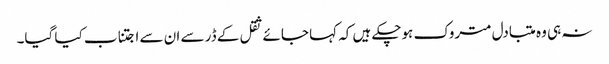
نہ ہی وہ متبادل متروک ہوچکے ہیں کہ کہا جائے ثقل کے ڈر سے ان سے اجتناب کیا گیا۔